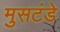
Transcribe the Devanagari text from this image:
मुसटंडे